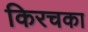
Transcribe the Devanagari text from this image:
किरचका